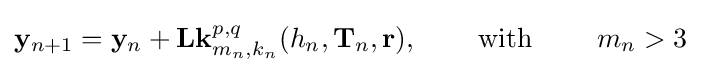
\mathbf {y} _{n+1}=\mathbf {y} _{n}+\mathbf {L\mathbf {k} } _{m_{n},k_{n}}^{p,q}(h_{n},\mathbf {T} _{n},\mathbf {r} )\mathbf {,} \qquad {\text{ with }}\qquad m_{n}>3